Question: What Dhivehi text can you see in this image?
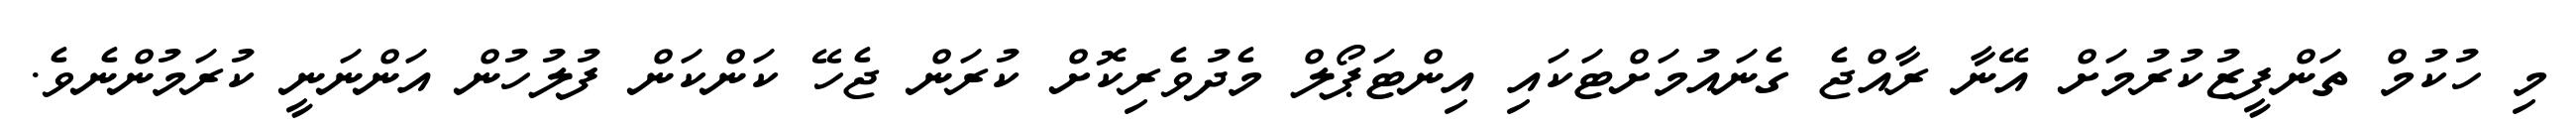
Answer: މި ހުކުމް ތަންފީޒުކުރުމަށް އޭނާ ރާއްޖެ ގެނައުމަށްޓަކައި އިންޓަޕޯލް މެދުވެރިކޮށް ކުރަން ޖެހޭ ކަންކަން ފުލުހުން އަންނަނީ ކުރަމުންނެވެ.